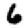
Digit: 6